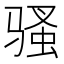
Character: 骚